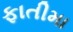
ફાતીમા